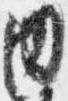
内